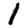
Digit: 1